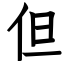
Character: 但